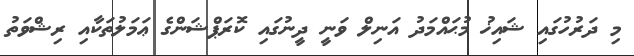
މި ދަރުހުގައި ޝައިޚު މުޙައްމަދު އަނިލް ވަނީ ދީނުގައި ކޮރަޕްޝަންގެ ޢަމަލުތަކާއި ރިޝްވަތު